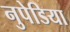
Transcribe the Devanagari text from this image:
नुपेडिया